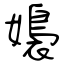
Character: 嬝